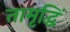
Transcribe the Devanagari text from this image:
तामृद्धिं